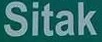
Sitak